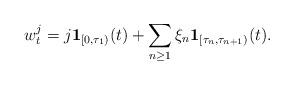
LaTeX: \begin{align*}w^j_t=j\mathbf{1}_{[0,\tau_1)}(t) +\sum_{n\ge 1}\xi_n\mathbf{1}_{[\tau_{n},\tau_{n+1})}(t).\end{align*}